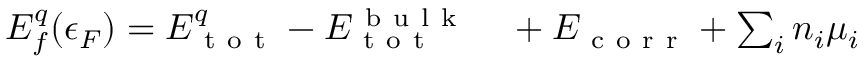
\begin{array} { r l } { E _ { f } ^ { q } ( \epsilon _ { F } ) = E _ { \mathrm { ~ t ~ o ~ t ~ } } ^ { q } - E _ { \mathrm { ~ t ~ o ~ t ~ } } ^ { \mathrm { ~ b ~ u ~ l ~ k ~ } } } & { { } + E _ { \mathrm { ~ c ~ o ~ r ~ r ~ } } + \sum _ { i } n _ { i } \mu _ { i } } \end{array}